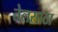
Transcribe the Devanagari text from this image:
तेलसाठा